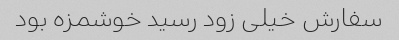
سفارش خیلی زود رسید خوشمزه بود